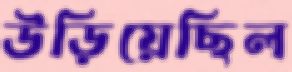
উড়িয়েছিল